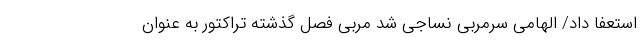
استعفا داد/ الهامی سرمربی نساجی شد مربی فصل گذشته تراکتور به عنوان